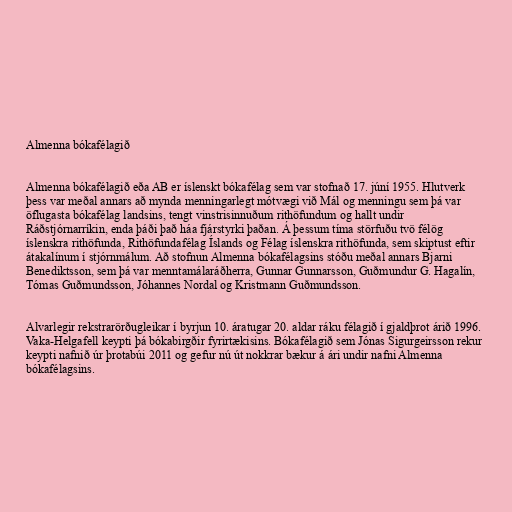
Almenna bókafélagið

Almenna bókafélagið eða AB er íslenskt bókafélag sem var stofnað 17. júní 1955. Hlutverk
þess var meðal annars að mynda menningarlegt mótvægi við Mál og menningu sem þá var
öflugasta bókafélag landsins, tengt vinstrisinnuðum rithöfundum og hallt undir
Ráðstjórnarríkin, enda þáði það háa fjárstyrki þaðan. Á þessum tíma störfuðu tvö félög
íslenskra rithöfunda, Rithöfundafélag Íslands og Félag íslenskra rithöfunda, sem skiptust eftir
átakalínum í stjórnmálum. Að stofnun Almenna bókafélagsins stóðu meðal annars Bjarni
Benediktsson, sem þá var menntamálaráðherra, Gunnar Gunnarsson, Guðmundur G. Hagalín,
Tómas Guðmundsson, Jóhannes Nordal og Kristmann Guðmundsson.

Alvarlegir rekstrarörðugleikar í byrjun 10. áratugar 20. aldar ráku félagið í gjaldþrot árið 1996.
Vaka-Helgafell keypti þá bókabirgðir fyrirtækisins. Bókafélagið sem Jónas Sigurgeirsson rekur
keypti nafnið úr þrotabúi 2011 og gefur nú út nokkrar bækur á ári undir nafni Almenna
bókafélagsins.